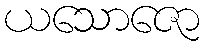
ယသောဇော